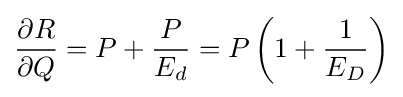
{\frac {\partial R}{\partial Q}}=P+{\frac {P}{E_{d}}}=P\left(1+{\frac {1}{E_{D}}}\right)